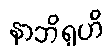
နာဘိရုဟိ